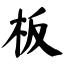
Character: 板